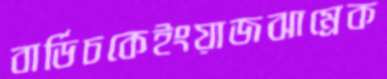
বার্ডিচকেইংয়াজঝাম্‌রেক